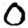
Digit: 0